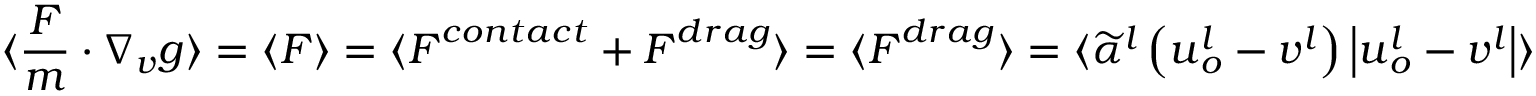
\langle \frac { \boldsymbol { F } } { m } \cdot \nabla _ { \boldsymbol { v } } g \rangle = \langle \boldsymbol { F } \rangle = \langle \boldsymbol { F } ^ { c o n t a c t } + \boldsymbol { F } ^ { d r a g } \rangle = \langle \boldsymbol { F } ^ { d r a g } \rangle = \langle \widetilde { \alpha } ^ { l } \left( \boldsymbol { u } _ { o } ^ { l } - \boldsymbol { v } ^ { l } \right) \left| \boldsymbol { u } _ { o } ^ { l } - \boldsymbol { v } ^ { l } \right| \rangle